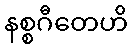
နစ္စဂီတေဟိ